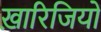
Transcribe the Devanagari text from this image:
ख़ारिजियों